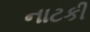
નાટકી